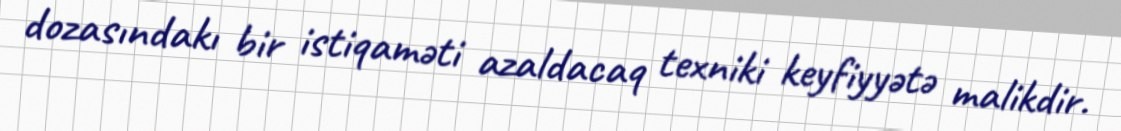
dozasındakı bir istiqaməti azaldacaq texniki keyfiyyətə malikdir.